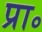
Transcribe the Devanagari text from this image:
प्रा॰